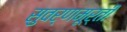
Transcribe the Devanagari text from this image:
सुवर्णमूर्ती